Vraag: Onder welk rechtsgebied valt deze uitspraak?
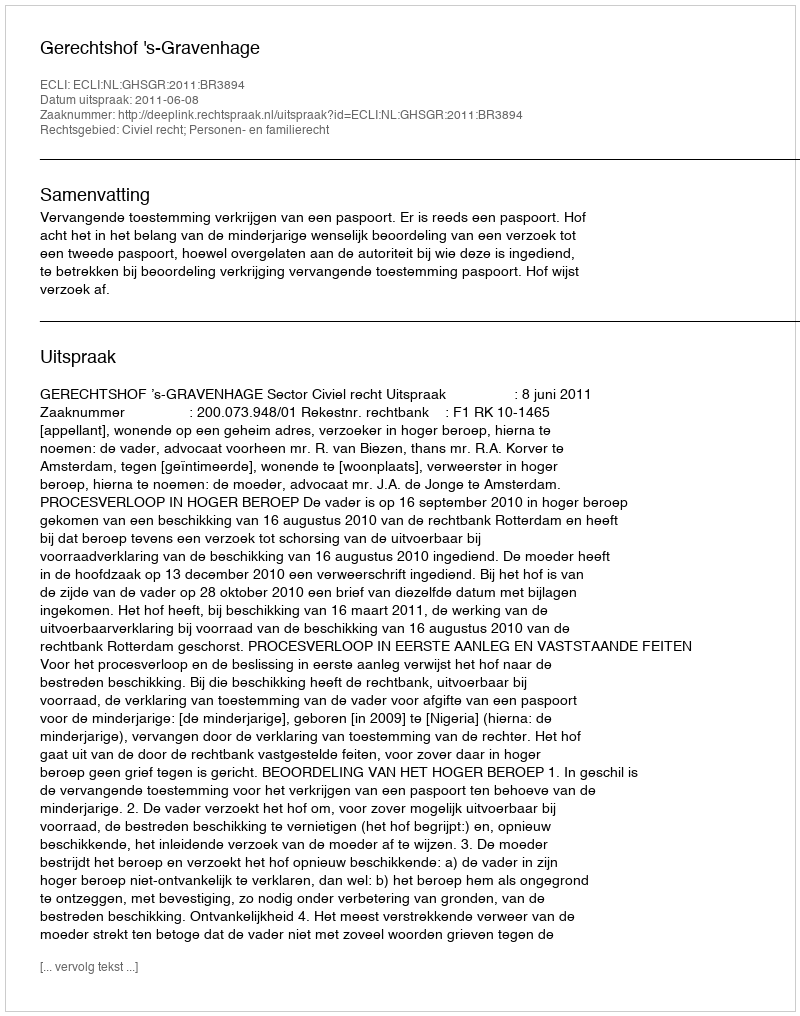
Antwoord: Civiel recht; Personen- en familierecht